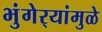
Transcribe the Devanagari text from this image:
भुंगेर्‍यांमुळे